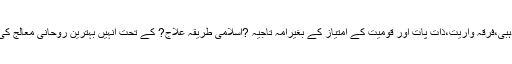
اور کسی بھی نسلی ،مذہبی،فرقہ واریت،ذات پات اور قومیت کے امتیاز کے بغیرامہ تاجیہ ?اسلامی طریقہ علاج? کے تحت انہیں بہترین روحانی معالج کی خدمت فراہم کرتا ہے۔